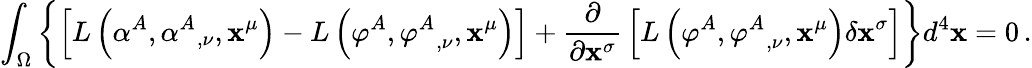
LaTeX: \int_{\Omega}\left\{ \left[L\left(\alpha^{A},{\alpha^{A}}_{,\nu},\mathbf{x}^{\mu}\right)-L\left(\varphi^{A},{\varphi^{A}}_{,\nu},\mathbf{x}^{\mu}\right)\right]+{\frac{{\partial}}{{\partial\mathbf{x}^{\sigma}}}}\left[L\left(\varphi^{A},{\varphi^{A}}_{,\nu},\mathbf{x}^{\mu}\right)\delta\mathbf{x}^{\sigma}\right]\right\} d^{4}\mathbf{x}=0\, .